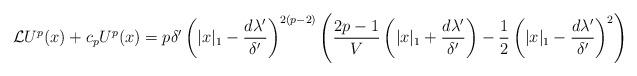
\begin{align*} {\cal L}U^p(x) + c_pU^p(x)&= p\delta' \left(|x|_1 - \frac{d\lambda'}{\delta'}\right)^{2(p-2)} \left( \frac{2p-1}{V}\left(|x|_1 + \frac{d\lambda'}{\delta'}\right) - \frac{1}{2}\left(|x|_1 - \frac{d\lambda'}{\delta'}\right)^2\right) \end{align*}